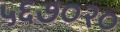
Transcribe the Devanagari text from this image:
५६७०२०